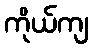
ကိုယ်ကျ